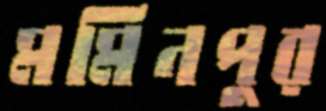
মমিনপুর